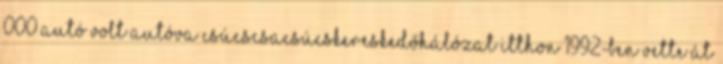
000 autó volt autóva csúcscsacsúcskereskedőhálózat Itthon 1992-ben vette át